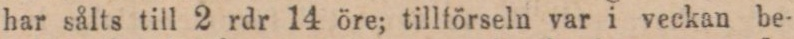
har sålts till 2 rdr 14 öre; tillförseln var i veckan be-